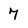
Character: 7